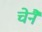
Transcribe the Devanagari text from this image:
चेनै